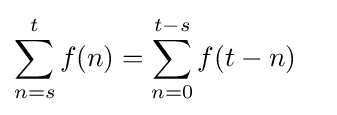
\sum _{n=s}^{t}f(n)=\sum _{n=0}^{t-s}f(t-n)\quad